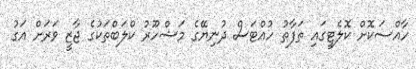
ހާއްސަކޮށް ކޮލެޓީގައި ތަފާތު ހުއްޓަސް ދުނިޔޭގެ މަޝްހޫރު ކްލަބްތަކުގެ ޖާޒީ ވަރަށް އަގު